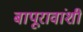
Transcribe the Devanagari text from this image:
बापूरावांशी